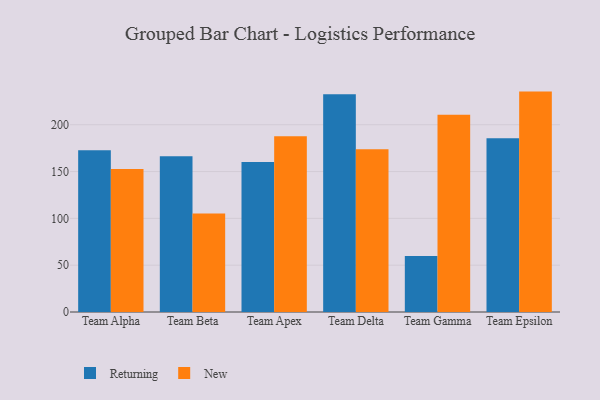
{"axis": {"x": "Team", "y": "Satisfaction Score"}, "legend": ["New", "Returning"], "data": [{"x": "Team Alpha", "y": 172.7, "type": "Returning"}, {"x": "Team Alpha", "y": 152.6, "type": "New"}, {"x": "Team Beta", "y": 166.4, "type": "Returning"}, {"x": "Team Beta", "y": 105.1, "type": "New"}, {"x": "Team Apex", "y": 160.3, "type": "Returning"}, {"x": "Team Apex", "y": 187.6, "type": "New"}, {"x": "Team Delta", "y": 232.7, "type": "Returning"}, {"x": "Team Delta", "y": 173.9, "type": "New"}, {"x": "Team Gamma", "y": 59.7, "type": "Returning"}, {"x": "Team Gamma", "y": 210.7, "type": "New"}, {"x": "Team Epsilon", "y": 185.6, "type": "Returning"}, {"x": "Team Epsilon", "y": 235.4, "type": "New"}]}